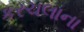
કરચલાના